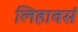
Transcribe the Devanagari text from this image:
लिहावसं